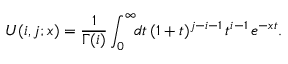
U ( i , j ; x ) = \frac { 1 } { \Gamma ( i ) } \int _ { 0 } ^ { \infty } \! \! d t \, ( 1 + t ) ^ { j - i - 1 } \, t ^ { i - 1 } \, e ^ { - x t } .